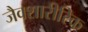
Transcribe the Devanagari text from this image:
जैवशारीरिक